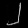
Digit: ၂